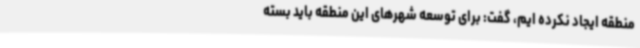
منطقه ایجاد نکرده ایم، گفت: برای توسعه شهرهای این منطقه باید بسته